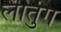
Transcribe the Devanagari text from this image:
लातुंग